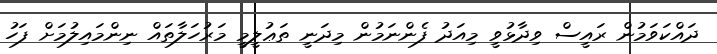
ދައްކަވަމުން ރައީސް ވިދާޅުވީ މިއަދު ފެންނަމުން މިދަނީ ތަޢުލީމީ މަރުހަލާތައް ނިންމައިލުމަށް ފަހު